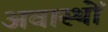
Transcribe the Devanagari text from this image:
अवास्थों